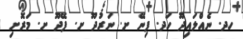
ހދ. ނެއްލައިދޫ ހަދ. ފިނޭ ށ. ނަރުދޫ ށ. ފޭދޫ ށ. މަރޮށި